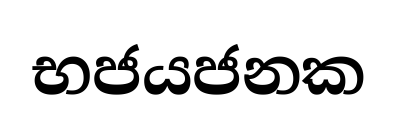
භජයජනක